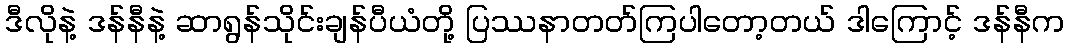
ဒီလိုနဲ့ ဒန်နီနဲ့ ဆာရွန်သိုင်းချန်ပီယံတို့ ပြဿနာတတ်ကြပါတော့တယ် ဒါကြောင့် ဒန်နီက